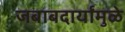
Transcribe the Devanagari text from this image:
जबाबदार्यांमुळे